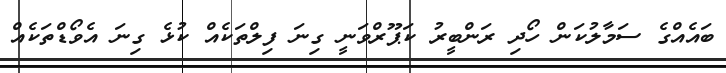
ބައެއްގެ ސަމާލުކަން ހޯދި ރަންބީރު ކަޕޫރްވަނީ ގިނަ ފިލްތަކެއް ކުޅެ ގިނަ އެވޯޑްތަކެއް